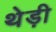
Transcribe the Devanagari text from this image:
थेड़ी